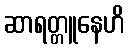
ဆာရတ္တူနေဟိ